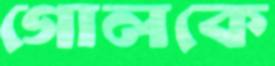
গোলকে